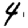
Digit: 4